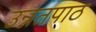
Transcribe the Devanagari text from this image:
उन्नतपाठ